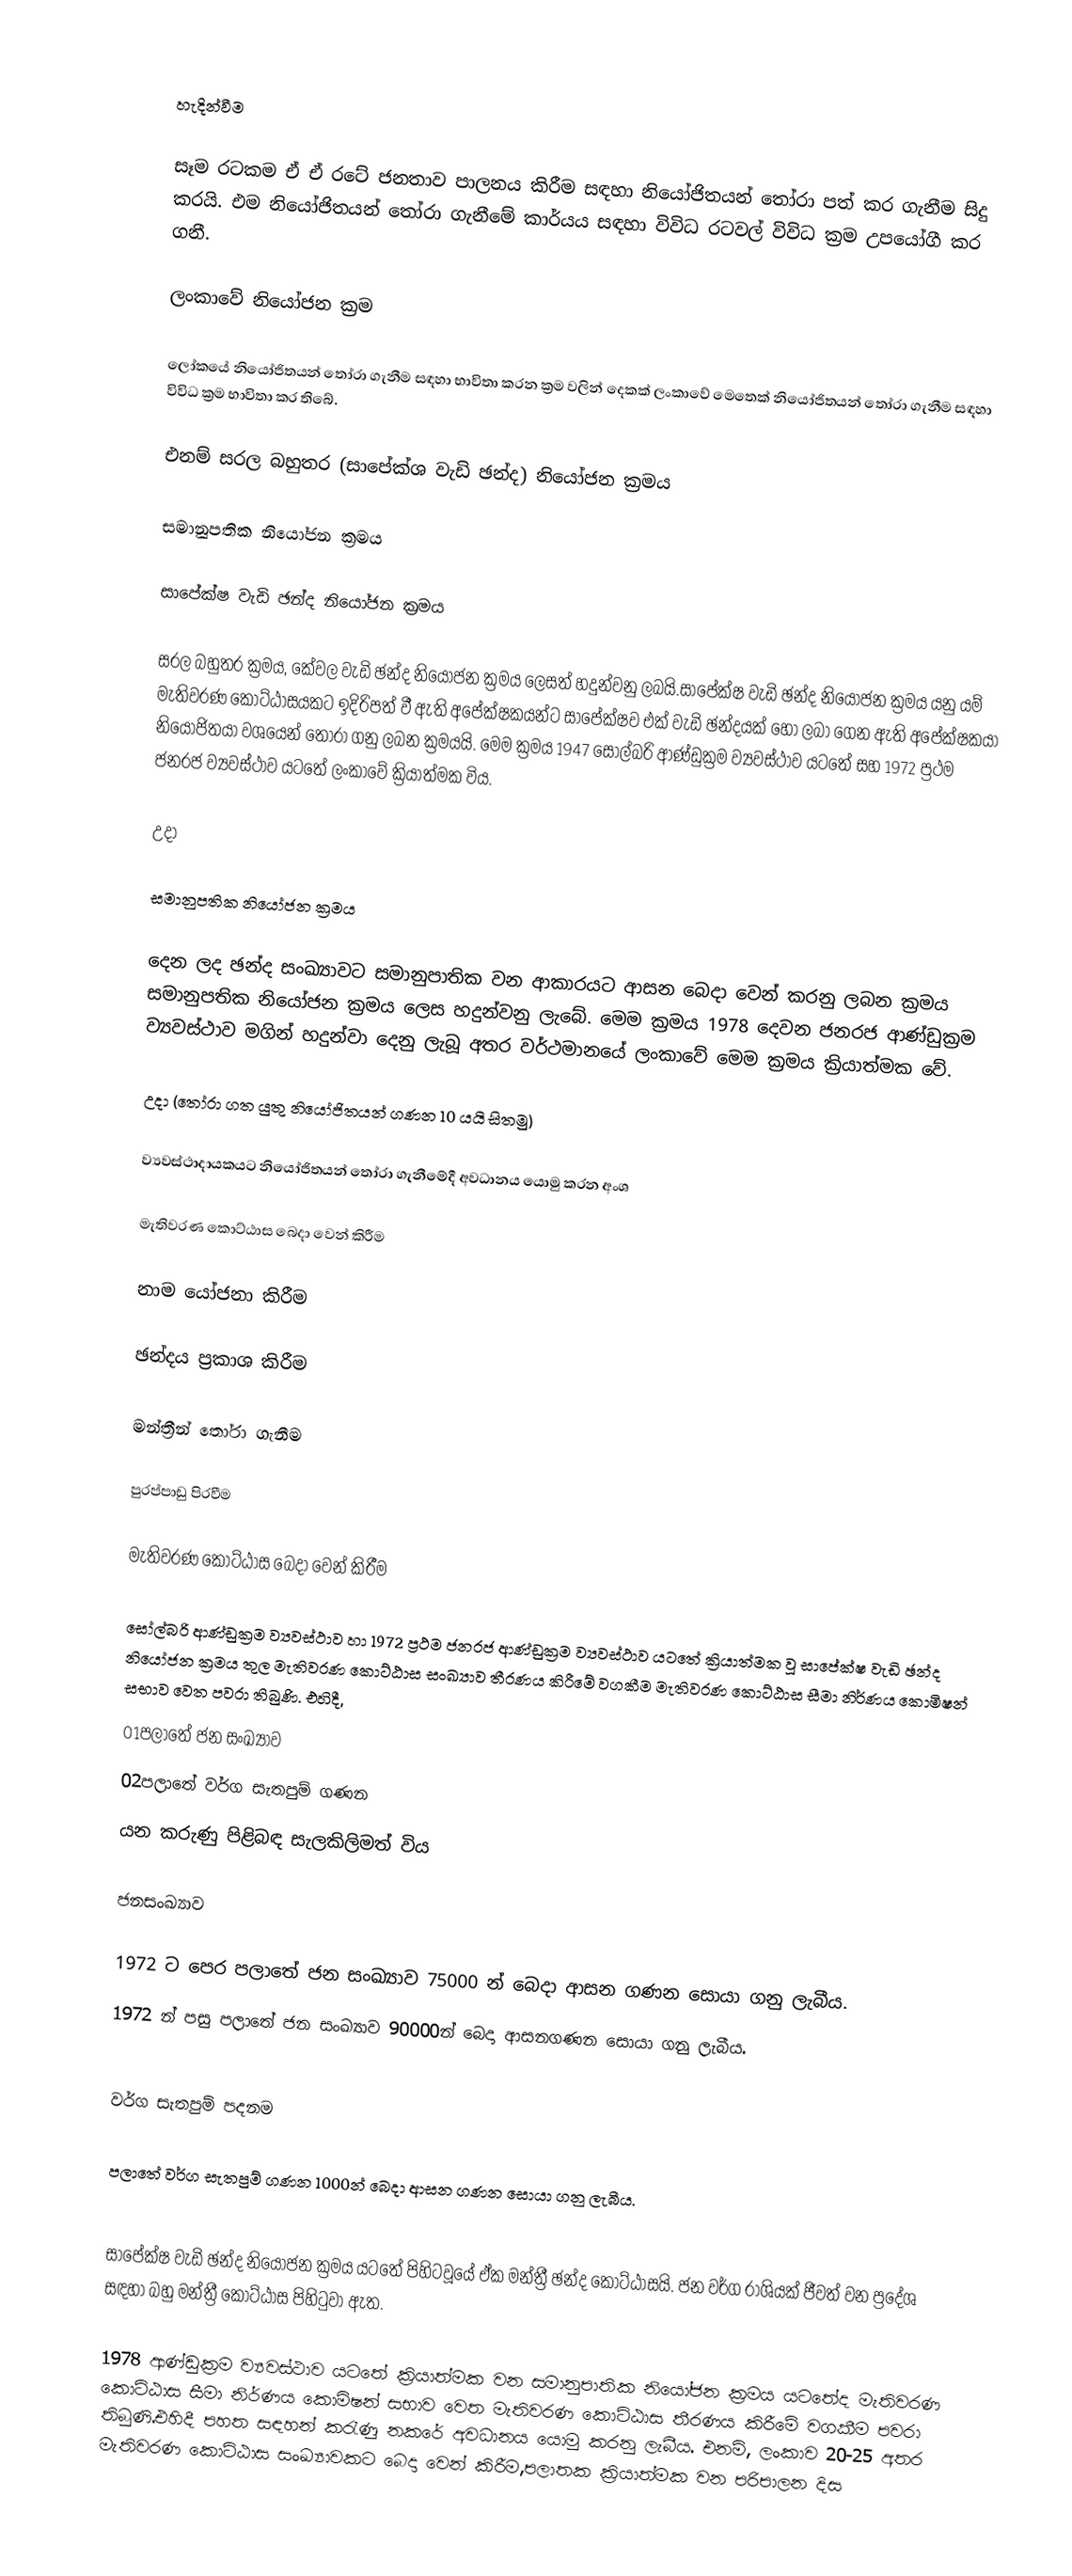

හැදින්වීම

සෑම රටකම ඒ ඒ රටේ ජනතාව පාලනය කිරීම සඳහා නියෝජිතයන් තෝරා පත් කර ගැනීම සිදු කරයි. එම නියෝජිතයන් තෝරා ගැනීමේ කාර්යය සඳහා විවිධ රටවල් විවිධ ක්‍රම උපයෝගී කර ගනී.

ලංකාවේ නියෝජන ක්‍රම

ලෝකයේ නියෝජිතයන් තෝරා ගැනීම සඳහා භාවිතා කරන ක්‍රම වලින් දෙකක් ලංකාවේ මෙතෙක් නියෝජිතයන් තෝරා ගැනීම සඳහා විවිධ ක්‍රම භාවිතා කර තිබේ.

එනම් සරල බහුතර (සාපේක්ශ වැඩි ඡන්ද) නියෝජන ක්‍රමය

සමානුපතික නියෝජන ක්‍රමය

සාපේක්ෂ වැඩි ඡන්ද නියෝජන ක්‍රමය

සරල බහුතර ක්‍රමය, කේවල වැඩි ඡන්ද නියෝජන  ක්‍රමය ලෙසත් හදුන්වනු ලබයි.සාපේක්ෂ වැඩි ඡන්ද නියෝජන ක්‍රමය යනු යම් මැතිවරණ කොට්ඨාසයකට ඉදිරිපත් වී ඇති අපේක්ෂකයන්ට සාපේක්ෂව එක් වැඩි ඡන්දයක් හෝ ලබා ගෙන ඇති අපේක්ෂකයා නියෝජිතයා වශයෙන් තෝරා ගනු ලබන ක්‍රමයයි. මෙම ක්‍රමය 1947 සෝල්බරි ආණ්ඩුක්‍රම ව්‍යවස්ථාව යටතේ සහ 1972 ප්‍රථම ජනරජ ව්‍යවස්ථාව යටතේ ලංකාවේ ක්‍රියාත්මක විය.

උදා

සමානුපතික නියෝජන ක්‍රමය

දෙන ලද ඡන්ද සංඛ්‍යාවට සමානුපාතික වන ආකාරයට ආසන බෙදා වෙන් කරනු ලබන ක්‍රමය සමානුපතික නියෝජන ක්‍රමය ලෙස හදුන්වනු ලැබේ. මෙම ක්‍රමය 1978 දෙවන ජනරජ ආණ්ඩුක්‍රම ව්‍යවස්ථාව මගින් හදුන්වා දෙනු ලැබූ අතර වර්ථමානයේ ලංකාවේ මෙම ක්‍රමය ක්‍රියාත්මක වේ.

උදා (තෝරා ගත යුතු නියෝජිතයන් ගණන 10 යයි සිතමු)

ව්‍යවස්ථාදායකයට නියෝජිතයන් තෝරා ගැනීමේදී අවධානය යොමු කරන අංශ

මැතිවරණ කොට්ඨාස බෙදා වෙන් කිරීම

නාම යෝජනා කිරීම

ඡන්දය ප්‍රකාශ කිරීම

මන්ත්‍රීන් තෝරා ගැනීම

පුරප්පාඩු පිරවීම

මැතිවරණ කොට්ඨාස බෙදා වෙන් කිරීම

සෝල්බරි ආණ්ඩුක්‍රම ව්‍යවස්ථාව හා 1972 ප්‍රථම ජනරජ ආණ්ඩුක්‍රම ව්‍යවස්ථාව යටතේ ක්‍රියාත්මක වූ සාපේක්ෂ වැඩි ඡන්ද නියෝජන ක්‍රමය තුල මැතිවරණ කොට්ඨාස සංඛ්‍යාව තීරණය කිරීමේ වගකීම මැතිවරණ කොට්ඨාස සීමා නිර්ණය කොමිෂන් සභාව වෙත පවරා තිබුණි. එහිදී,
01පලාතේ ජන සංඛ්‍යාව
02පලාතේ වර්ග සැතපුම් ගණන
යන කරුණු පිළිබඳ සැලකිලිමත් විය

ජනසංඛ්‍යාව

1972 ට පෙර පලාතේ ජන සංඛ්‍යාව 75000 න් බෙදා ආසන ගණන සොයා ගනු ලැබීය.
1972 න් පසු  පලාතේ ජන සංඛ්‍යාව 90000න් බෙදා  ආසනගණන සොයා ගනු ලැබීය.

වර්ග සැතපුම් පදනම

පලාතේ වර්ග සැතපුම් ගණන 1000න් බෙදා ආසන ගණන සොයා ගනු ලැබීය.

සාපේක්ෂ වැඩි ඡන්ද නියෝජන ක්‍රමය යටතේ පිහිටවූයේ ඒක මන්ත්‍රී ඡන්ද කොට්ඨාසයි. ජන වර්ග රාශියක් ජීවත් වන ප්‍රදේශ සඳහා බහු මන්ත්‍රී කොට්ඨාස පිහිටුවා ඇත.

1978 ආණ්ඩුක්‍රම ව්‍යවස්ථාව යටතේ ක්‍රියාත්මක වන සමානුපාතික නියෝජන ක්‍රමය යටතේද මැතිවරණ කොට්ඨාස සීමා නිර්ණය කොමිෂන් සභාව වෙත මැතිවරණ කොට්ඨාස තීරණය කිරීමේ වගකීම පවරා තිබුණි.එහිදී පහත සඳහන් කරැණු නකරේ අවධානය යොමු කරනු ලැබීය. එනම්,    ලංකාව 20-25 අතර මැතිවරණ කොට්ඨාස සංඛ්‍යාවකට බෙදා වෙන් කිරීම,පලාතක ක්‍රියාත්මක වන පරිපාලන දිස